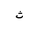
Letter: _tha